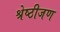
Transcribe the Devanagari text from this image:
श्रेष्ठीजण